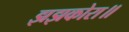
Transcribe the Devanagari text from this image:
झझकोरा॥